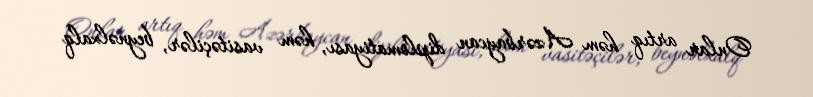
Onlar artıq həm Azərbaycan diplomatiyası, həm vasitəçilər, beynəlxalq